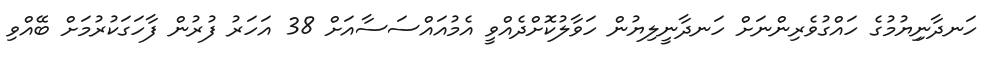
ހަނދާނިިޔުމުގެ ހައްގުވެރިންނަށް ހަނދާނީލިޔުން ހަވާލުކޮށްދެއްވީ އެމުއައްސަސާއަށް 38 އަހަރު ފުރުން ފާހަގަކުރުމަށް ބޭއްވި